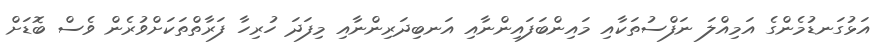
އަޅުގަނޑުމެންގެ އަމިއްލަ ނަފްސުތަކާއި މައިންބަފައިންނާއި އަނބިދަރިންނާއި މިފަދަ ހުރިހާ ފަރާތްތަކަށްވުރެން ވެސް ބޮޑަށް